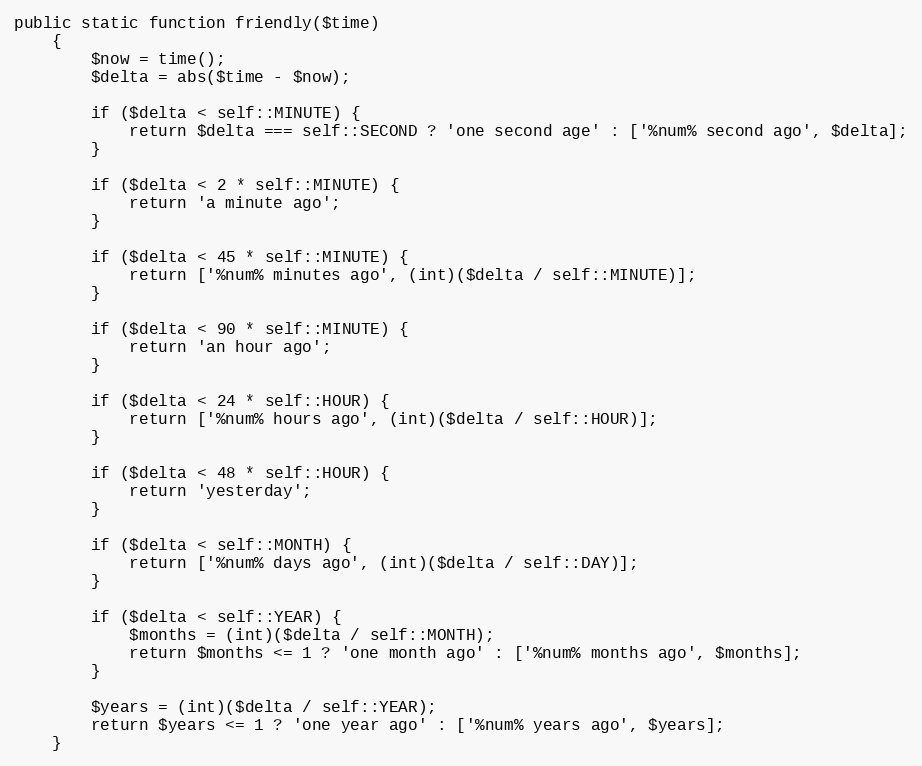
Language: PHP
public static function friendly($time)
    {
        $now = time();
        $delta = abs($time - $now);

        if ($delta < self::MINUTE) {
            return $delta === self::SECOND ? 'one second age' : ['%num% second ago', $delta];
        }

        if ($delta < 2 * self::MINUTE) {
            return 'a minute ago';
        }

        if ($delta < 45 * self::MINUTE) {
            return ['%num% minutes ago', (int)($delta / self::MINUTE)];
        }

        if ($delta < 90 * self::MINUTE) {
            return 'an hour ago';
        }

        if ($delta < 24 * self::HOUR) {
            return ['%num% hours ago', (int)($delta / self::HOUR)];
        }

        if ($delta < 48 * self::HOUR) {
            return 'yesterday';
        }

        if ($delta < self::MONTH) {
            return ['%num% days ago', (int)($delta / self::DAY)];
        }

        if ($delta < self::YEAR) {
            $months = (int)($delta / self::MONTH);
            return $months <= 1 ? 'one month ago' : ['%num% months ago', $months];
        }

        $years = (int)($delta / self::YEAR);
        return $years <= 1 ? 'one year ago' : ['%num% years ago', $years];
    }